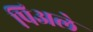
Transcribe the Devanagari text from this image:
पिअले